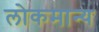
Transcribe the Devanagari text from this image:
लोकमान्‍य